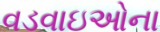
વડવાઇઓના